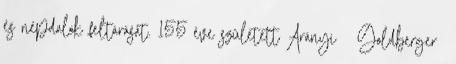
és népdalok feltárását. 155 éve született Arányi Goldberger